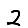
Digit: 2